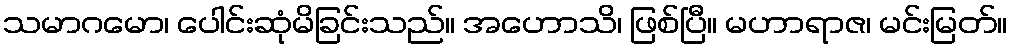
သမာဂမော၊ ပေါင်းဆုံမိခြင်းသည်။ အဟောသိ၊ ဖြစ်ပြီ။ မဟာရာဇ၊ မင်းမြတ်။